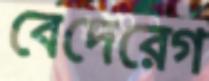
বেদেরেগ